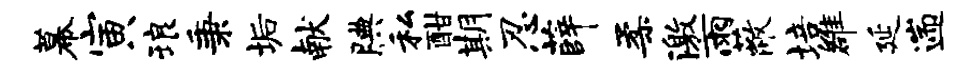
幕寅琅秉垢献腆私酣期忍薛柔激雨蔽培雒延遄